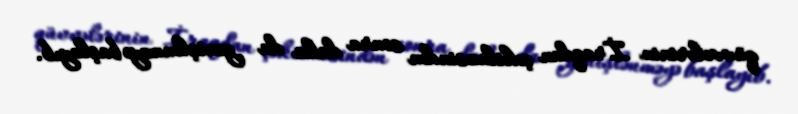
qüvvələrinin İraqdan çəkilməsindən sonra daha da genişlənməyə başlayıb.